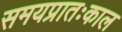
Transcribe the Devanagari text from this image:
समयप्रातःकाल